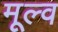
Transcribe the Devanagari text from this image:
मूल्व